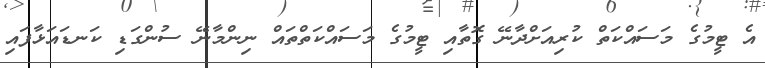
އެ ޓީމުގެ މަސައްކަތް ކުރިއަށްދާނޭ ގޮތާއި ޓީމުގެ މަސައްކަތްތައް ނިންމާނޭ ސުންގަޑި ކަނޑައަޅާފައި